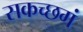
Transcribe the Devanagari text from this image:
सकच्छगं